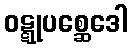
ဝဋ္ဋုပစ္ဆေဒေါ